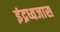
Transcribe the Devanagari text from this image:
इंद्रध्वजास